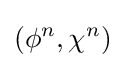
(\phi ^{n},\chi ^{n})